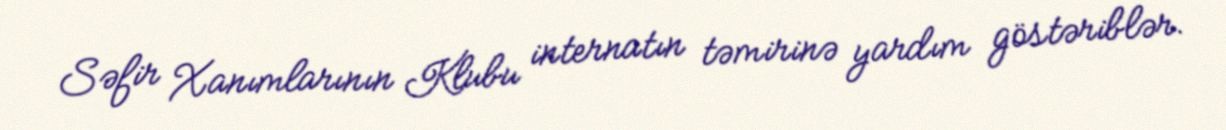
Səfir Xanımlarının Klubu internatın təmirinə yardım göstəriblər.